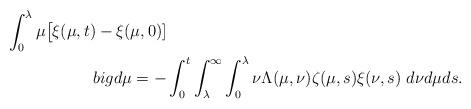
LaTeX: \begin{align*}\int_{0}^{\lambda}\mu\big[\xi(\mu,t)-\xi(\mu,0)]\\big d\mu=-&\int_{0}^{t}\int_{\lambda}^{\infty}\int_{0}^{\lambda}\nu\Lambda(\mu,\nu) \zeta(\mu,s)\xi(\nu,s)\ d\nu d\mu ds.\end{align*}